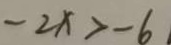
- 2 x > - 6